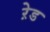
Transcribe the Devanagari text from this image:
ऱेड